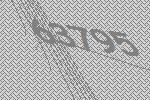
63795